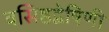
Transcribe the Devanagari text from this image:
वसिष्ठद्वेषिणी